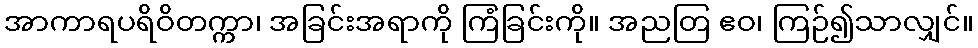
အာကာရပရိဝိတက္ကာ၊ အခြင်းအရာကို ကြံခြင်းကို။ အညတြ ဧဝ၊ ကြဉ်၍သာလျှင်။